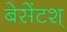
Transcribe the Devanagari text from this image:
बेसेंटश्